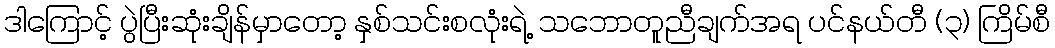
ဒါကြောင့် ပွဲပြီးဆုံးချိန်မှာတော့ နှစ်သင်းစလုံးရဲ့ သဘောတူညီချက်အရ ပင်နယ်တီ (၃) ကြိမ်စီ